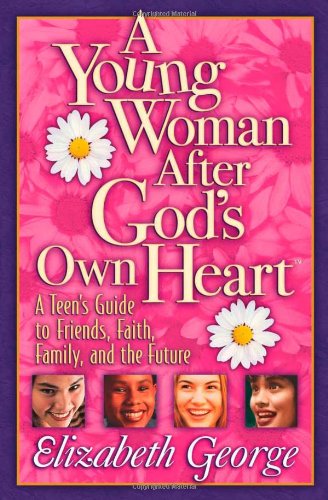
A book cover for A Young Woman After God's Own Heart: A Teen's Guide to Friends, Faith, Family, and the Future; Elizabeth George; Christian Books & Bibles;